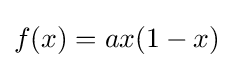
f(x)=ax(1-x)